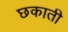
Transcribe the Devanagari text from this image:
छकाती